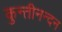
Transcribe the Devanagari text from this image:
कुन्तीनन्दन